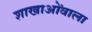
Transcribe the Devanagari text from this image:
शाखाओंवाला